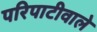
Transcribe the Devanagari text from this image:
परिपाटीवाले